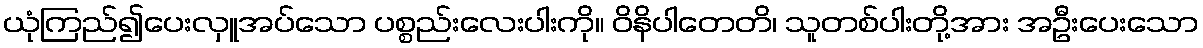
ယုံကြည်၍ပေးလှူအပ်သော ပစ္စည်းလေးပါးကို။ ဝိနိပါတေတိ၊ သူတစ်ပါးတို့အား အဦးပေးသော